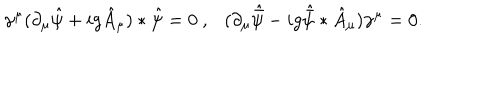
LaTeX: \gamma ^ { \mu } ( \partial _ { \mu } \hat { \psi } + i g \hat { A } _ { \mu } ) * \hat { \psi } = 0 ~ , ( \partial _ { \mu } \hat { \bar { \psi } } - i g \hat { \bar { \psi } } * \hat { A } _ { \mu } ) \gamma ^ { \mu } = 0 .